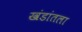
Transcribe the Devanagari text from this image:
खंडांतला